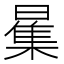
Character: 𱢪